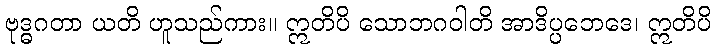
ဗုဒ္ဓဂတာ ယတိ ဟူသည်ကား။ ဣတိပိ သောဘဂဝါတိ အာဒိပ္ပဘေဒေ၊ ဣတိပိ